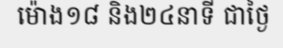
ម៉ោង១៨ និង២៤នាទី ជាថ្ងៃ